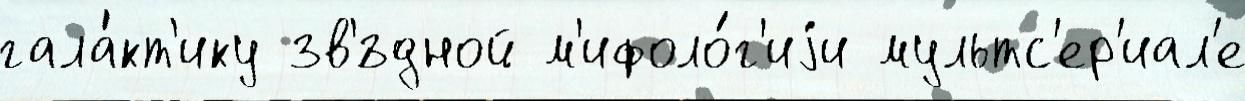
гала́кт'ику зв'́здной м'ифоло́г'иjи мультс'ер'иал'е